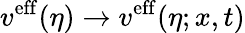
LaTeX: v^{\mathrm{eff}}(\eta)\to v^{\mathrm{eff}}(\eta;x,t)